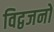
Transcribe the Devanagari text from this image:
विद्वजनों